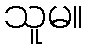
သူမ။